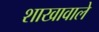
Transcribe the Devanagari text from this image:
शाखावाले